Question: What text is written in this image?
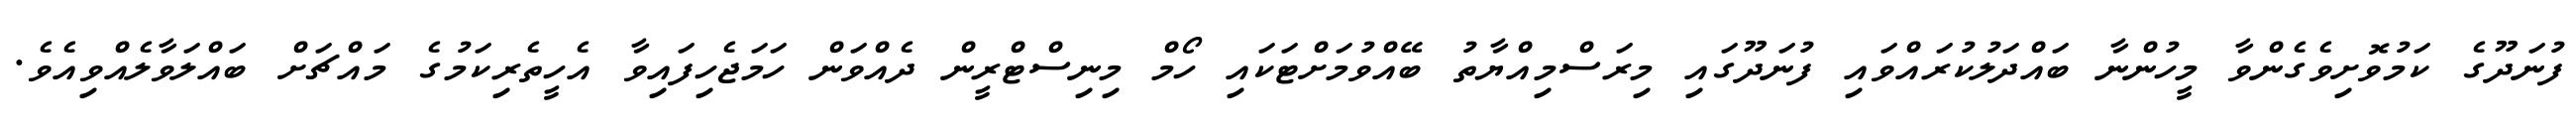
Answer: ފުނަދޫގެ ކަމުވޮށިވެގެންވާ މީހުންނާ ބައްދަލުކުރައްވައި ފުނަދޫގައި މިރަސްމިއްޔާތު ބޭއްވުމަށްޓަކައި ހޯމް މިނިސްޓްރީން ދެއްވަން ހަމަޖެހިފައިވާ އެހީތެރިކަމުގެ މައްޗަށް ބައްލަވާލެއްވިއެވެ.